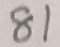
8 1